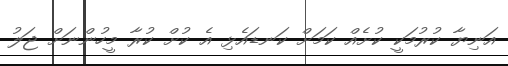
އަނިޔާ ކުރުމަކީ ކުށެއް ކަމަށް ކަނޑައެޅި އެ ކުށް ކުރާ މީހުންނަށް ޖަލު